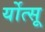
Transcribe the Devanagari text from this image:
र्योत्सू